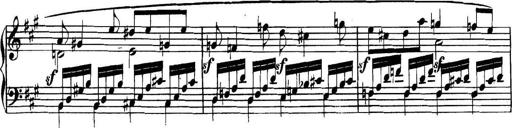
Title: Collected Piano Sonatas
Composer: Muzio Clementi